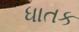
ધાતક